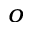
^ o